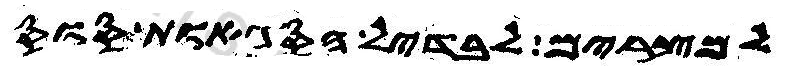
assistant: למצרים לבדיל הסגאות סוס